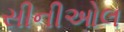
સીનીઓલ